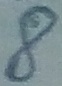
Text: 8